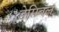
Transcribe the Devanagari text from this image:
डेसिबॅल